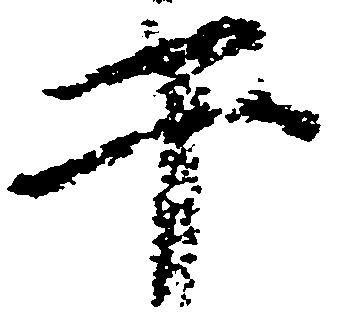
于